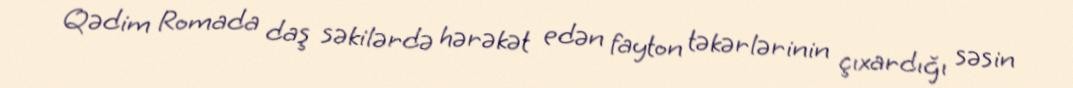
Qədim Romada daş səkilərdə hərəkət edən fayton təkərlərinin çıxardığı səsin